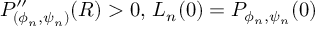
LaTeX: P _ { ( \phi _ { n } , \psi _ { n } ) } ^ { \prime \prime } ( R ) > 0 , \, L _ { n } ( 0 ) = P _ { \phi _ { n } , \psi _ { n } } ( 0 )